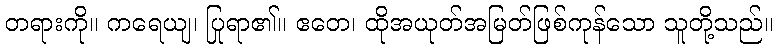
တရားကို။ ကရေယျ၊ ပြုရာ၏။ ဧတေ၊ ထိုအယုတ်အမြတ်ဖြစ်ကုန်သော သူတို့သည်။